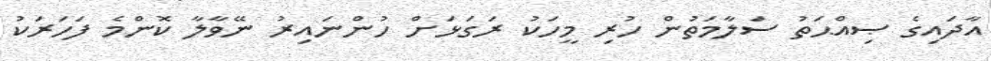
އާދައިގެ ޞިއްޙަތު ސަލާމަތުން ހުރި މީހަކު ރަގަޅަށް ހުންނައިރު ނޭވާލާ ކޮންމެ ފަހަރަކު